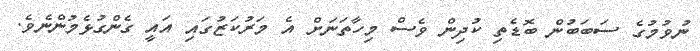
ނުވުމުގެ ސަބަބުން ބޮޑެތި ކުދިން ވެސް މިހާތަނަށް އެ މަރުކަޒުގައި އައީ ގެންގުޅެމުންނެވެ.